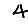
Digit: 4